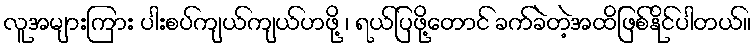
လူအများကြား ပါးစပ်ကျယ်ကျယ်ဟဖို့ ၊ ရယ်ပြဖို့တောင် ခက်ခဲတဲ့အထိဖြစ်နိုင်ပါတယ်။